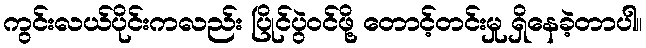
ကွင်းလယ်ပိုင်းကလည်း ပြိုင်ပွဲဝင်ဖို့ တောင့်တင်းမှု ရှိနေခဲ့တာပါ။